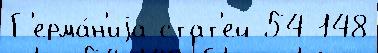
Г'ерма́н'иjа стат'ей 54 148